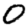
Digit: 0